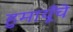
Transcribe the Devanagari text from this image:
हुमायूँचे